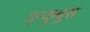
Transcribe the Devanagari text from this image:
इन्कुबुस